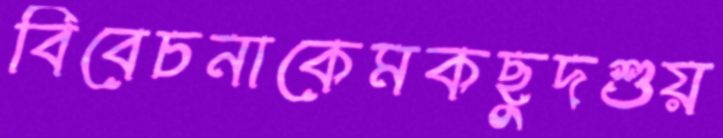
বিবেচনাকেমকছুদশুয়